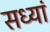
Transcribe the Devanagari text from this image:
सध्यां